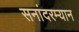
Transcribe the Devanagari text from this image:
सनांदरम्यान